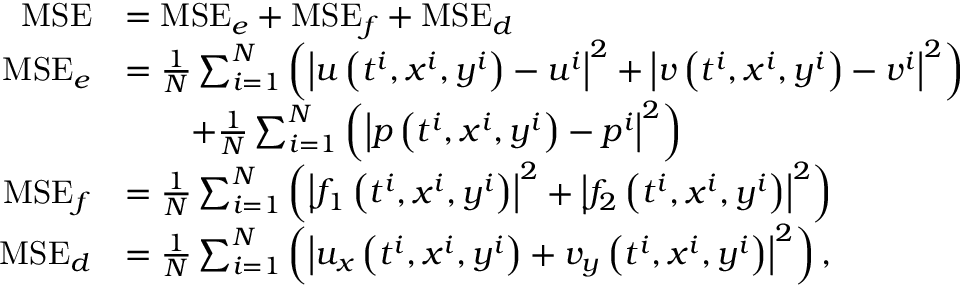
\begin{array} { r l } { \mathrm { M S E } } & { = \mathrm { M S E } _ { e } + \mathrm { M S E } _ { f } + \mathrm { M S E } _ { d } } \\ { \mathrm { M S E } _ { e } } & { = \frac { 1 } { N } \sum _ { i = 1 } ^ { N } \left( \left| u \left( t ^ { i } , x ^ { i } , y ^ { i } \right) - u ^ { i } \right| ^ { 2 } + \left| v \left( t ^ { i } , x ^ { i } , y ^ { i } \right) - v ^ { i } \right| ^ { 2 } \right) } \\ & { \qquad + \frac { 1 } { N } \sum _ { i = 1 } ^ { N } \left( \left| p \left( t ^ { i } , x ^ { i } , y ^ { i } \right) - p ^ { i } \right| ^ { 2 } \right) } \\ { \mathrm { M S E } _ { f } } & { = \frac { 1 } { N } \sum _ { i = 1 } ^ { N } \left( \left| f _ { 1 } \left( t ^ { i } , x ^ { i } , y ^ { i } \right) \right| ^ { 2 } + \left| f _ { 2 } \left( t ^ { i } , x ^ { i } , y ^ { i } \right) \right| ^ { 2 } \right) } \\ { \mathrm { M S E } _ { d } } & { = \frac { 1 } { N } \sum _ { i = 1 } ^ { N } \left( \left| u _ { x } \left( t ^ { i } , x ^ { i } , y ^ { i } \right) + v _ { y } \left( t ^ { i } , x ^ { i } , y ^ { i } \right) \right| ^ { 2 } \right) , } \end{array}